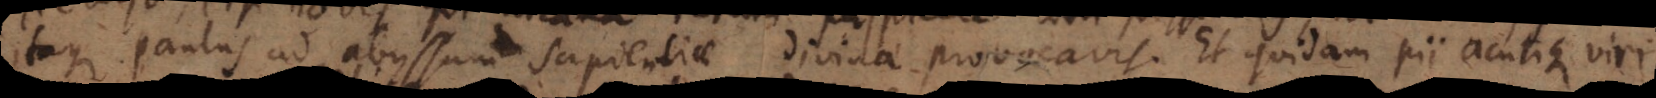
Itaque Paulus ad abyssum sapientiae divinae provocavit. Et quidam pii acutique viri,